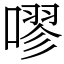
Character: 嘐